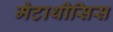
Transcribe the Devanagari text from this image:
मेटाथीसिस